Report of the Indian Hemp Drugs Commission, 1894-1895 - Volume V
Year: 1894
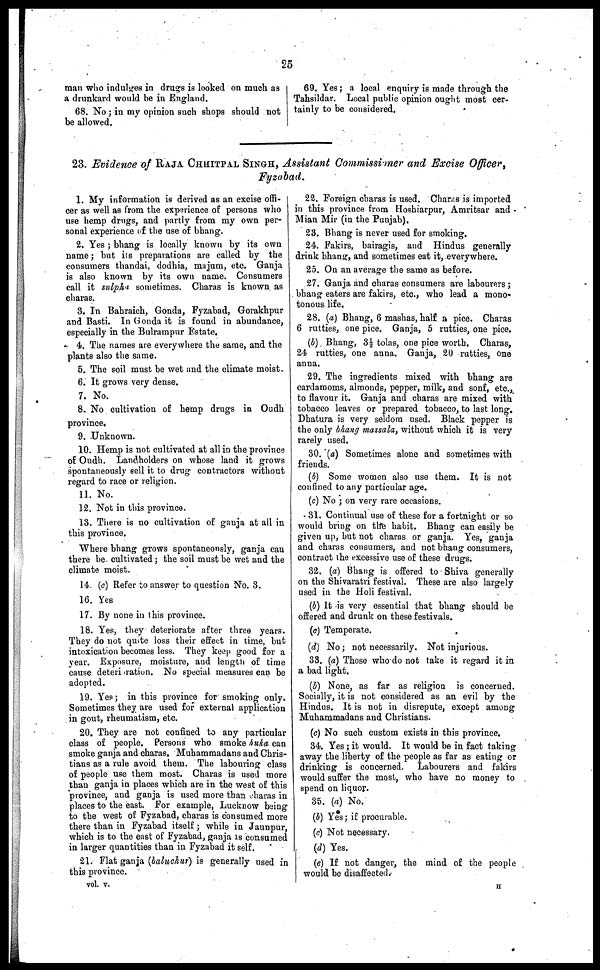
25
man who indulges in drugs is looked on much as
a drunkard would he in England.
68. No; in my opinion such shops should not
be allowed.
69. Yes; a local enquiry is made through the
Tahsildar. Local public opinion ought most cer-
tainly to be considered.
23. Evidence of RAJA CHHITPAL SINGH, Assistant Commissimer and Excise Officer,
Fyzabad.
1. My information is derived as an excise offi-
cer as well as from the experience of persons who
use hemp drugs, and partly from my own per-
sonal experience of the use of bhang.
2. Yes; bhang is locally known by its own
name; but its preparations are called by the
consumers thandai, dodhia, majum, etc. Ganja
is also known by its own name. Consumers
call it sulpha sometimes. Charas is known as
charas.
8. In Bahraich, Gonda, Fyzabad, Gorakhpur
and Basti. In Gonda it is found in abundance,
especially in the Bulrampur Estate.
4. The names are everywhere the same, and the
plants also the same.
5. The soil must be wet and the climate moist.
6. It grows very dense.
7. No.
8. No cultivation of hemp drugs in Oudh
province,
9. Unknown.
10. Hemp is not cultivated at all in the province
of Oudh. Landholders on whose land it grows
spontaneously sell it to drug contractors without
regard to race or religion.
11. No.
12. Not in this province.
13. There is no cultivation of ganja at all in
this province.
Where bhang grows spontaneously, ganja can
there be cultivated; the soil must be wet and the
climate moist.
14. (c) Refer to answer to question No. 3.
16. Yes
17. By none in this province.
18. Yes, they deteriorate after three years.
They do not quite loss their effect in time, but
intoxication becomes less. They keep good for a
year. Exposure, moisture, and length of time
cause deteripration. No special measures can be
adopted.
19. Yes; in this province for smoking only.
Sometimes they are used for external application
in gout, rheumatism, etc.
20. They are not confined to any particular
class of people. Persons who smoke huka can
smoke ganja and charas. Muhammadans and Chris-
tians as a rule avoid them. The labouring class
of people use them most. Charas is used more
than ganja in places which are in the west of this
province, and ganja is used more than charas in
places to the east. For example, Lucknow being
to the west of Fyzabad, charas is consumed more
there than in Fyzabad itself; while in Jaunpur,
which is to the east of Fyzabad, ganja is consumed
in larger quantities than in Fyzabad it self.
21. Flat ganja (baluchur) is generally used in
this province.
vol. v.
22. Foreign charas is used. Charas is imported
in this province from Hoshiarpur, Amritsar and
Mian Mir (in the Punjab),
23. Bhang is never used for smoking,
24. Fakirs, bairagis, and Hindus generally
drink bhang, and sometimes eat it, everywhere.
25. On an average the same as before.
27. Ganja and charas consumers are labourers;
bhang eaters are fakirs, etc., who lead a mono-
tonous life.
28. (a) Bhang, 6 mashas, half a pice. Charas
6 rutties, one pice. Ganja, 5 rutties, one pice.
(b) Bhang, 3½ tolas, one pice worth. Charas,
24 rutties, one anna. Ganja, 20 rutties, one
anna.
29. The ingredients mixed with bhang are
cardamoms, almonds, pepper, milk, and sonf, etc.,
to flavour it. Ganja and charas are mixed with
tobacco leaves or prepared tobacco, to last long.
Dhatura is very seldom used. Black pepper is
the only bhang massala, without which it is very
rarely used.
30. (a) Sometimes alone and sometimes with
friends.
(b) Some women also use them. It is not
confined to any particular age.
(c) No; on very rare occasions.
31. Continual use of these for a fortnight or so
would bring on the habit. Bhang can easily be
given up, hut not charas or ganja. Yes, ganja
and charas consumers, and not bhang consumers,
contract the excessive use of these drugs.
32. (a) Bhang is offered to Shiva generally
on the Shivaratri festival. These are also largely
used in the Holi festival.
(b) It is very essential that bhang should he
offered and drunk on these festivals.
(c) Temperate.
(d) No; not necessarily. Not injurious.
33. (a) Those who do not take it regard it in
a bad light.
(b) None, as far as religion is concerned.
Socially, it is not considered as an evil by the
Hindus. It is not in disrepute, except among
Muhammadans and Christians.
(c) No such custom exists in this province.
34. Yes; it would. It would be in fact taking
away the liberty of the people as far as eating or
drinking is concerned. Labourers and fakirs
would suffer the most, who have no money to
spend on liquor.
35. (a) No.
(b) Yes; if procurable.
(c) Not necessary.
(d) Yes.
(e) If not danger, the mind of the people
would be disaffected.